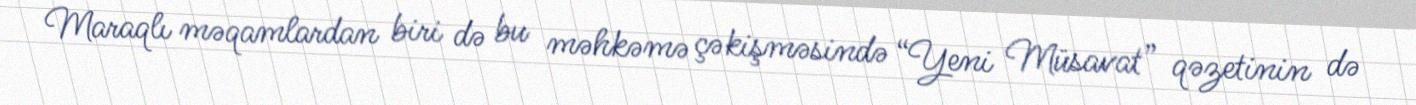
Maraqlı məqamlardan biri də bu məhkəmə çəkişməsində “Yeni Müsavat” qəzetinin də